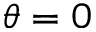
\theta = 0